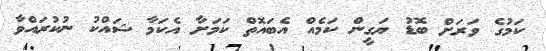
ކަމުގެ ވަރަށް ބޮޑު ޔަގީން ކަމެއް އެބައޮތް ކަމަށާ އެކަމާ ޝައްކު ނުކުރައްވާ